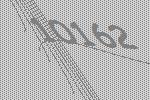
10162